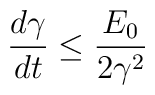
\frac {d \gamma}{dt} \leq \frac {E_0}{2 \gamma^2}